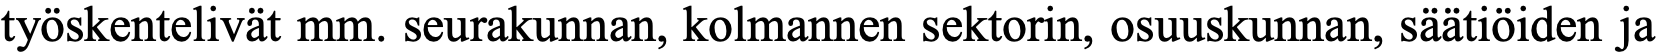
työskentelivät mm. seurakunnan, kolmannen sektorin, osuuskunnan, säätiöiden ja